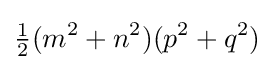
{\tfrac {1}{2}}(m^{2}+n^{2})(p^{2}+q^{2})